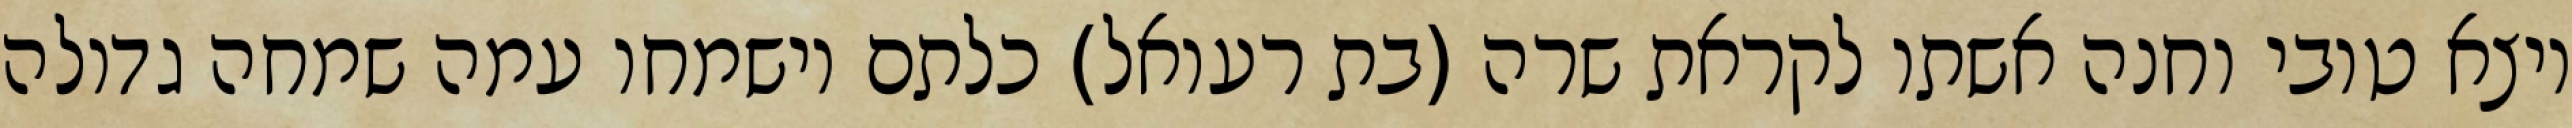
ויצא טובי וחנה אשתו לקראת שרה (בת רעואל) כלתם וישמחו עמה שמחה גדולה